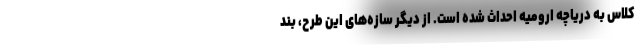
کلاس به دریاچه ارومیه احداث شده است. از دیگر سازه‌های این طرح، بند